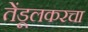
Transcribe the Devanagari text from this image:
तेंडूलकरचा